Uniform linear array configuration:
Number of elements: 64
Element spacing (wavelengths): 0.75
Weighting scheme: blackman
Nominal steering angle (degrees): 45
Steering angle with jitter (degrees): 45.837
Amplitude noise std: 0.05
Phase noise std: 0.05

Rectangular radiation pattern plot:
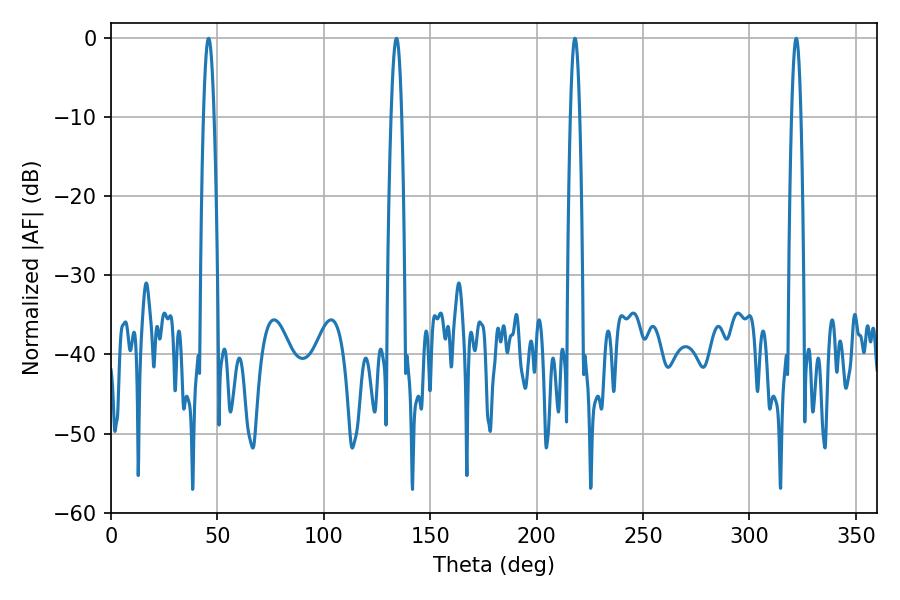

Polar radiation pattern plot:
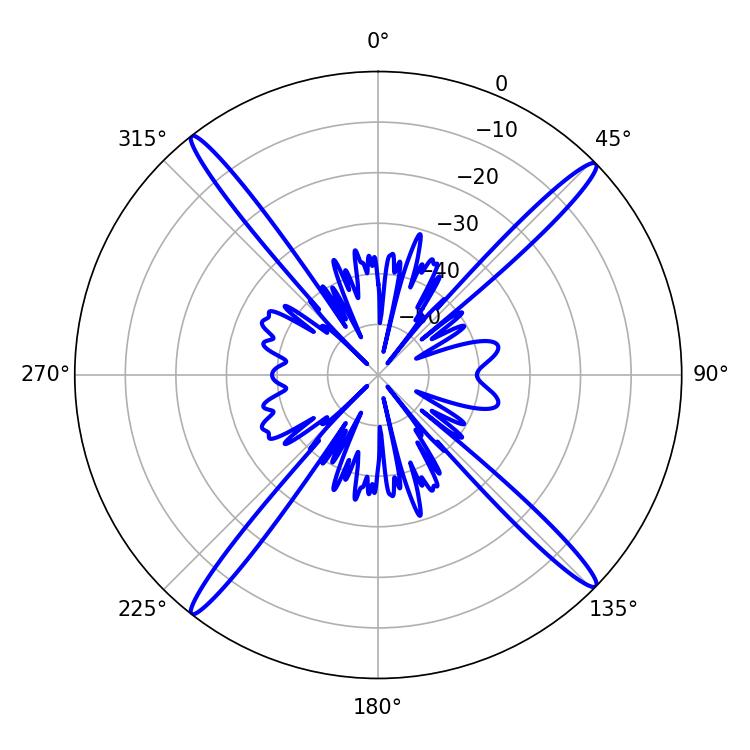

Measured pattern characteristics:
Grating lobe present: TRUE
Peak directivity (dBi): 20.428
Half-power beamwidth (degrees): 2.34
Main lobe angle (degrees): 217.98